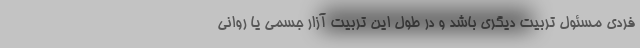
فردی مسئول تربیت دیگری باشد و در طول این تربیت آزار جسمی یا روانی